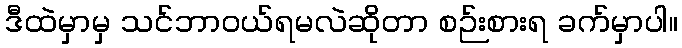
ဒီထဲမှာမှ သင်ဘာဝယ်ရမလဲဆိုတာ စဉ်းစားရ ခက်မှာပါ။